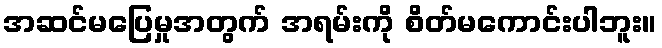
အဆင်မပြေမှုအတွက် အရမ်းကို စိတ်မကောင်းပါဘူး။